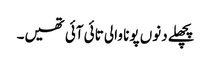
پچھلے دنوں پونا والی تائی آئی تھیں۔